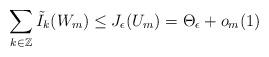
LaTeX: \begin{align*} \sum_{k \in \mathbb{Z}} \tilde{I}_k (W_m)\leq J_\epsilon(U_m)=\Theta_{\epsilon}+o_m(1) \end{align*}